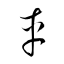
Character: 車